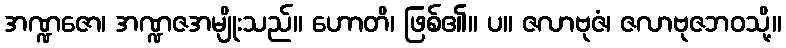
အဏ္ဍဇော၊ အဏ္ဍဇအမျိုးသည်။ ဟောတိ၊ ဖြစ်၏။ ပ။ ဇလာဗုဇံ၊ ဇလာဗုဇဘဝသို့။